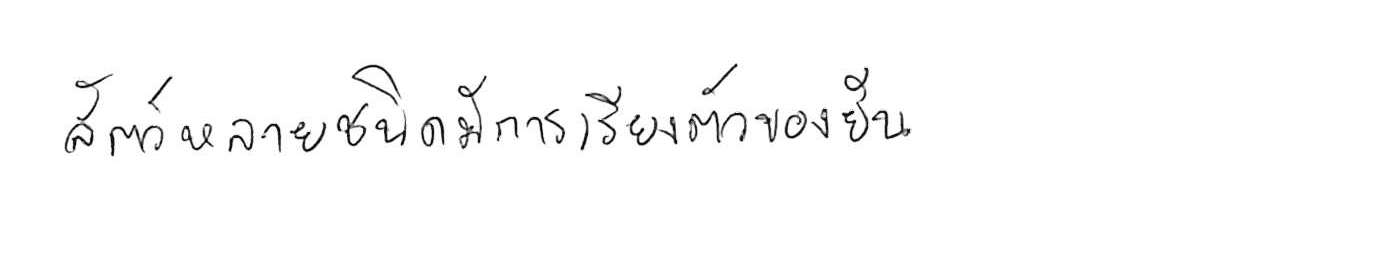
สัตว์หลายชนิดมีการเรียงตัวของยีน